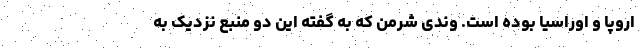
اروپا و اوراسیا بوده است. وندی شرمن که به گفته این دو منبع نزدیک به